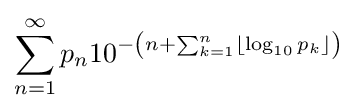
\displaystyle \sum _{n=1}^{\infty }p_{n}10^{-\left(n+\sum _{k=1}^{n}\lfloor \log _{10}{p_{k}}\rfloor \right)}